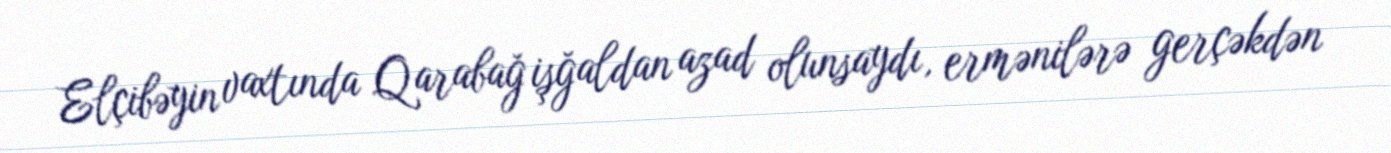
Elçibəyin vaxtında Qarabağ işğaldan azad olunsaydı, ermənilərə gerçəkdən